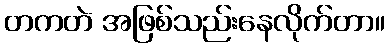
တကတဲ အဖြစ်သည်းနေလိုက်တာ။